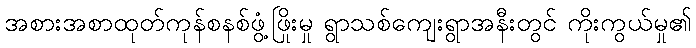
အစားအစာထုတ်ကုန်စနစ်ဖွံ့ဖြိုးမှု ရွာသစ်ကျေးရွာအနီးတွင် ကိုးကွယ်မှု၏